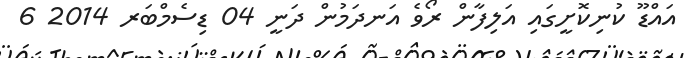
އައްޑޫ ކުނިކޮށީގައި އަލިފާން ރޯވެ އަނދަމުން ދަނީ 04 ޑިސެމްބަރ 2014 6